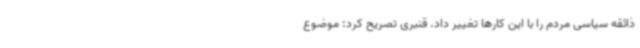
ذائقه سیاسی مردم را با این کارها تغییر داد. قنبری تصریح کرد: موضوع